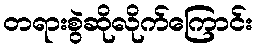
တရားစွဲဆိုလိုက်ကြောင်း